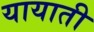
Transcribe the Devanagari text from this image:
यायाती